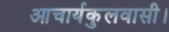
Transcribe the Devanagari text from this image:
आचार्यकुलवासी।